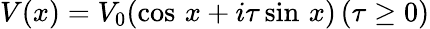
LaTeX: V(x)=V_{0}(\cos\, x+i\tau\sin\, x)\, (\tau\geq 0)